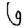
Digit: 6